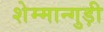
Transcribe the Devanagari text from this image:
शेम्मान्गुड़ी